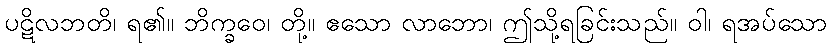
ပဋိလဘတိ၊ ရ၏။ ဘိက္ခဝေ၊ တို့။ ဧသော လာဘော၊ ဤသို့ရခြင်းသည်။ ဝါ၊ ရအပ်သော